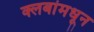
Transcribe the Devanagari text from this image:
क्लबांमधून